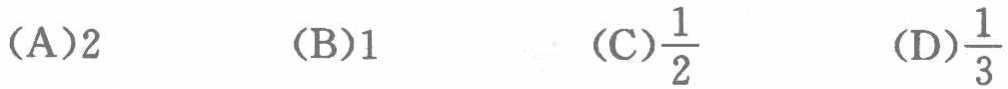
（A）2  （B）1  （C）\(\frac{1}{2}\)  （D）\(\frac{1}{3}\)